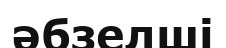
әбзелші